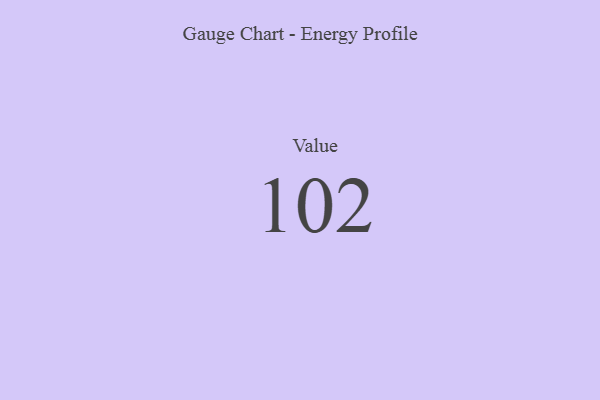
{"axis": {"x": "Metric", "y": "Value"}, "legend": [""], "data": [{"x": "Value", "y": 102, "type": ""}]}